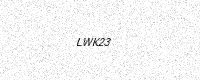
Text: LWK23